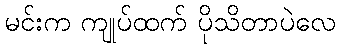
မင်းက ကျုပ်ထက် ပိုသိတာပဲလေ